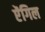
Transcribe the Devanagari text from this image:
ऐंगिल